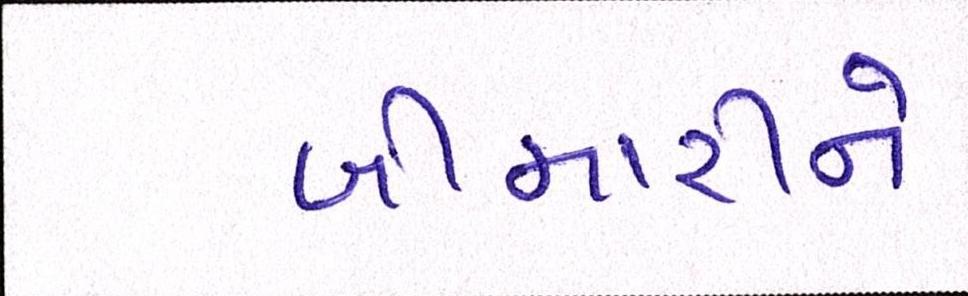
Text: બીમારીને